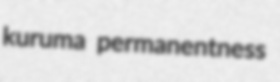
kuruma permanentness